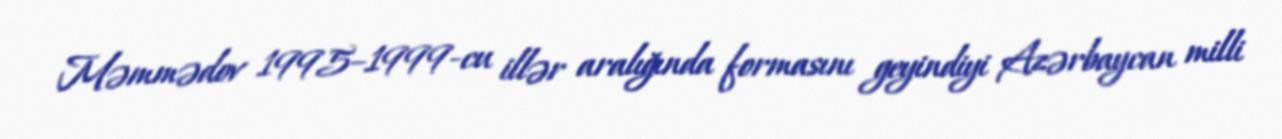
Məmmədov 1995–1999-cu illər aralığında formasını geyindiyi Azərbaycan milli